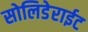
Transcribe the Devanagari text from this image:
सोलिडेराईट